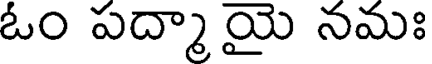
ఓం పద్మా యై నమః